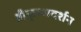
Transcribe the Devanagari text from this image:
श्रीकृष्णदर्शन